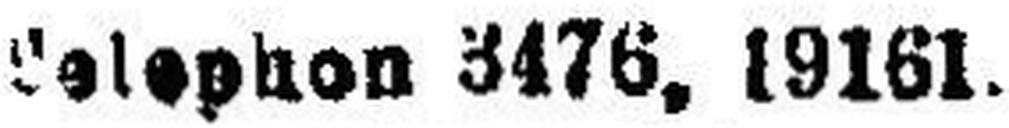
Telephon 3476, 19161.